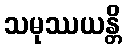
သမုဿယန္တိ